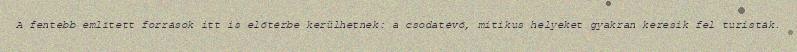
A fentebb említett források itt is előtérbe kerülhetnek: a csodatévő, mitikus helyeket gyakran keresik fel turisták.